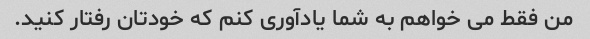
من فقط می خواهم به شما یادآوری کنم که خودتان رفتار کنید.